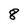
Character: 8